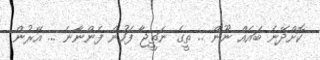
ކޮށްދޭނެ ބައެއް ނޫން .. ތީގެ ނަތީޖާ ފަހުން ފެންނާނެ ... އޭރުން